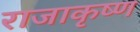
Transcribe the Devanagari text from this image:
राजाकृष्ण